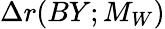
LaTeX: \Delta r(BY;M_{W})